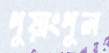
পুয়াংপুল